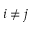
i \neq j